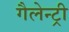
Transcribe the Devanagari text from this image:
गैलेन्ट्री